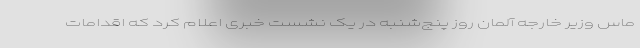
ماس وزیر خارجه آلمان روز پنج‌شنبه در یک نشست خبری اعلام کرد که اقدامات